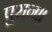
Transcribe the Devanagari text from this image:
पुरान॥